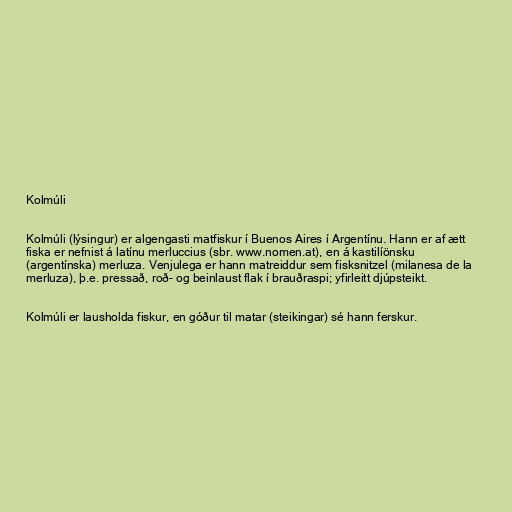
Kolmúli

Kolmúli (lýsingur) er algengasti matfiskur í Buenos Aires í Argentínu. Hann er af ætt
fiska er nefnist á latínu merluccius (sbr. www.nomen.at), en á kastilíönsku
(argentínska) merluza. Venjulega er hann matreiddur sem fisksnitzel (milanesa de la
merluza), þ.e. pressað, roð- og beinlaust flak í brauðraspi; yfirleitt djúpsteikt.

Kolmúli er lausholda fiskur, en góður til matar (steikingar) sé hann ferskur.